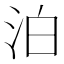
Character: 泊